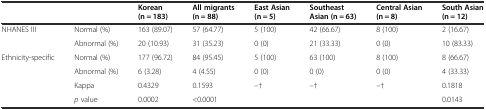
<table><thead><tr><td></td><td></td><td><b>Korean (n = 183)</b></td><td><b>All migrants (n = 88)</b></td><td><b>East Asian (n = 5)</b></td><td><b>Southeast Asian (n = 63)</b></td><td><b>Central Asian (n = 8)</b></td><td><b>South Asian (n = 12)</b></td></tr></thead><tbody><tr><td rowspan="2">NHANES III</td><td>Normal (%)</td><td>163 (89.07)</td><td>57 (64.77)</td><td>5 (100)</td><td>42 (66.67)</td><td>8 (100)</td><td>2 (16.67)</td></tr><tr><td>Abnormal (%)</td><td>20 (10.93)</td><td>31 (35.23)</td><td>0 (0)</td><td>21 (33.33)</td><td>0 (0)</td><td>10 (83.33)</td></tr><tr><td rowspan="2">Ethnicity-specific</td><td>Normal (%)</td><td>177 (96.72)</td><td>84 (95.45)</td><td>5 (100)</td><td>63 (100)</td><td>8 (100)</td><td>8 (66.67)</td></tr><tr><td>Abnormal (%)</td><td>6 (3.28)</td><td>4 (4.55)</td><td>0 (0)</td><td>0 (0)</td><td>0 (0)</td><td>4 (33.33)</td></tr><tr><td></td><td>Kappa</td><td>0.4329</td><td>0.1593</td><td>–†</td><td>–†</td><td>–†</td><td>0.1818</td></tr><tr><td></td><td><i>p</i> value</td><td>0.0002</td><td>&lt;0.0001</td><td></td><td></td><td></td><td>0.0143</td></tr></tbody></table>